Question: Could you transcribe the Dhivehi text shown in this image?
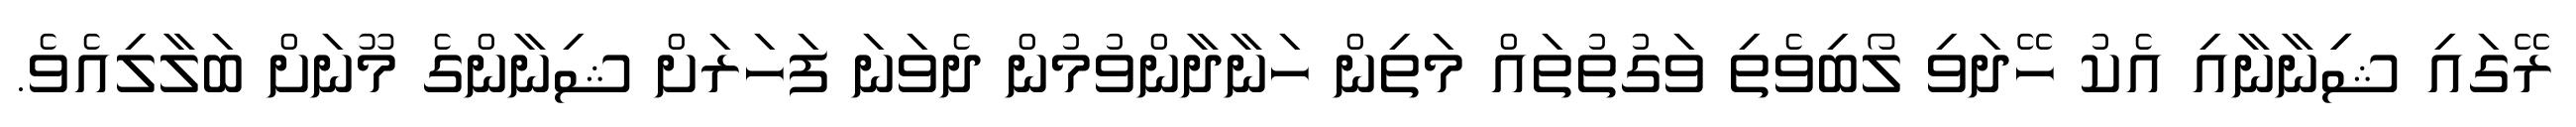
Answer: ރޭގައި ޝިިނާނާއި އެކު ހޭދަވި ލޯބިވެތި ވަގުތުތައް މަތިން ހަނާދާންވުމުން ދެވަނަ ފަހަރަށް ޝިނާންގެ މޫނަށް ބަލާލިއެވެ.